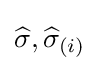
{\widehat {\sigma }},{\widehat {\sigma }}_{(i)}